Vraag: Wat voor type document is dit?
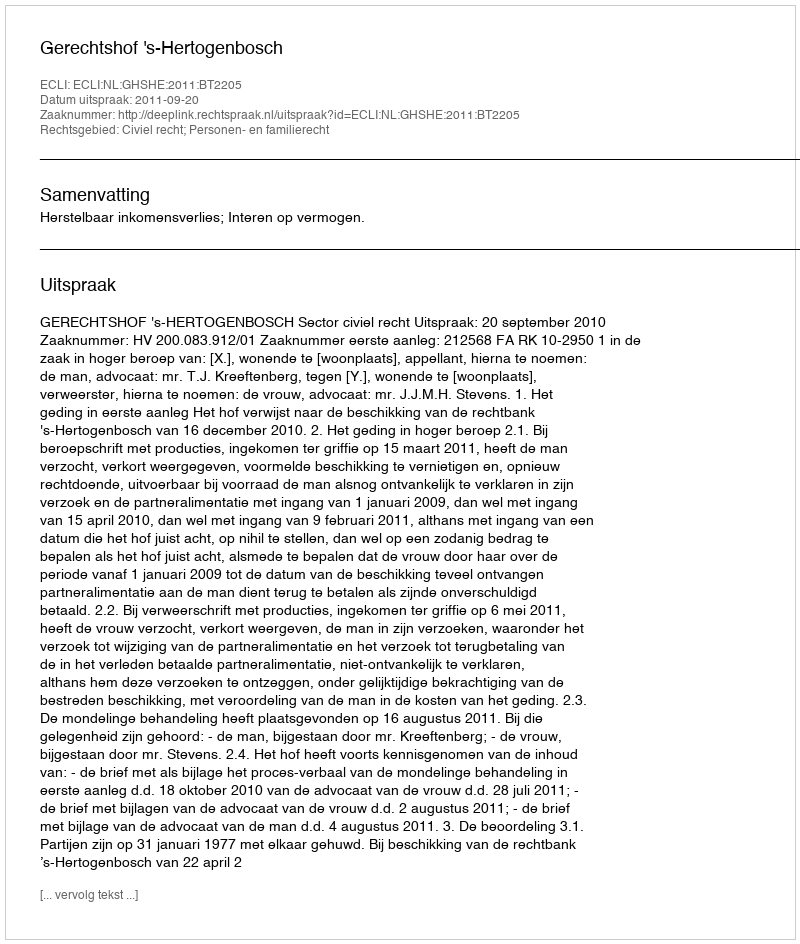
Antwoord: Uitspraak